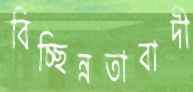
বিচ্ছিন্নতাবাদী